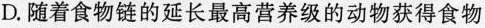
D.随着食物链的延长最高营养级的动物获得食物